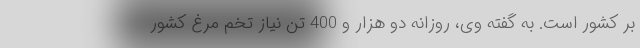
بر کشور است. به گفته وی، روزانه دو هزار و 400 تن نیاز تخم مرغ کشور